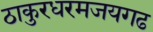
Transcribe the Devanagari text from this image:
ठाकुरधरमजयगढ